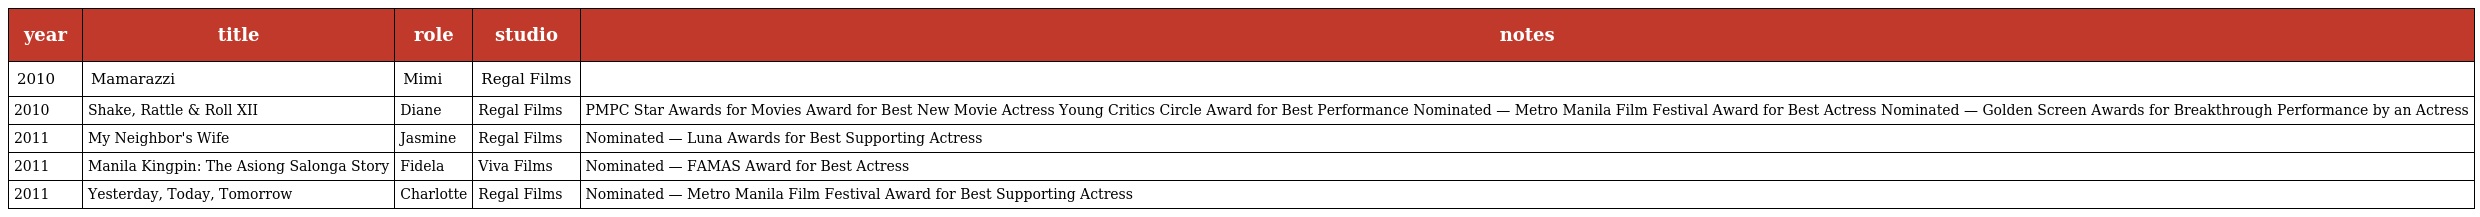
| year | title | role | studio | notes |
 | --- | --- | --- | --- | --- |
 | 2010 | Mamarazzi | Mimi | Regal Films |  |
 | 2010 | Shake, Rattle & Roll XII | Diane | Regal Films | PMPC Star Awards for Movies Award for Best New Movie Actress Young Critics Circle Award for Best Performance Nominated — Metro Manila Film Festival Award for Best Actress Nominated — Golden Screen Awards for Breakthrough Performance by an Actress |
 | 2011 | My Neighbor's Wife | Jasmine | Regal Films | Nominated — Luna Awards for Best Supporting Actress |
 | 2011 | Manila Kingpin: The Asiong Salonga Story | Fidela | Viva Films | Nominated — FAMAS Award for Best Actress |
 | 2011 | Yesterday, Today, Tomorrow | Charlotte | Regal Films | Nominated — Metro Manila Film Festival Award for Best Supporting Actress |